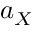
a _ { X }